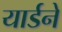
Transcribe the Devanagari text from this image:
यार्डने